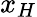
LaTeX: x_{H}